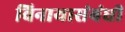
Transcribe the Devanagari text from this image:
विनायासंबंधी